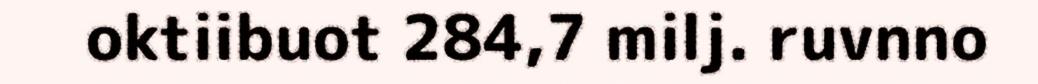
oktiibuot 284,7 milj. ruvnno